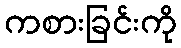
ကစားခြင်းကို